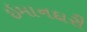
ઇમાનદારી